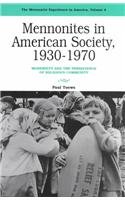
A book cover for Mennonites in American Society, 1930-1970: Modernity and the Persistence of Religious Community (Mennonite Experience in America, Vol. 4); Paul Toews; Christian Books & Bibles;